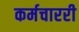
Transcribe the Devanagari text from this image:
कर्मचाररी